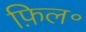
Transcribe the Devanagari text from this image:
फ़िल॰